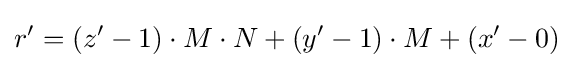
r'=(z'-1)\cdot M\cdot N+(y'-1)\cdot M+(x'-0)